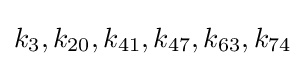
k_{3},k_{20},k_{41},k_{47},k_{63},k_{74}